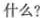
什么？